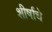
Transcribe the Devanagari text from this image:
शीर्षाचे